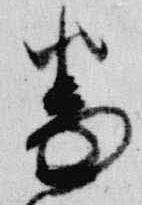
番